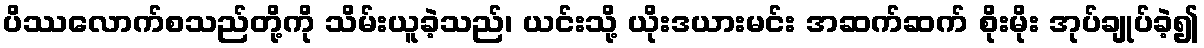
ပိဿလောက်စသည်တို့ကို သိမ်းယူခဲ့သည်၊ ယင်းသို့ ယိုးဒယားမင်း အဆက်ဆက် စိုးမိုး အုပ်ချုပ်ခဲ့၍